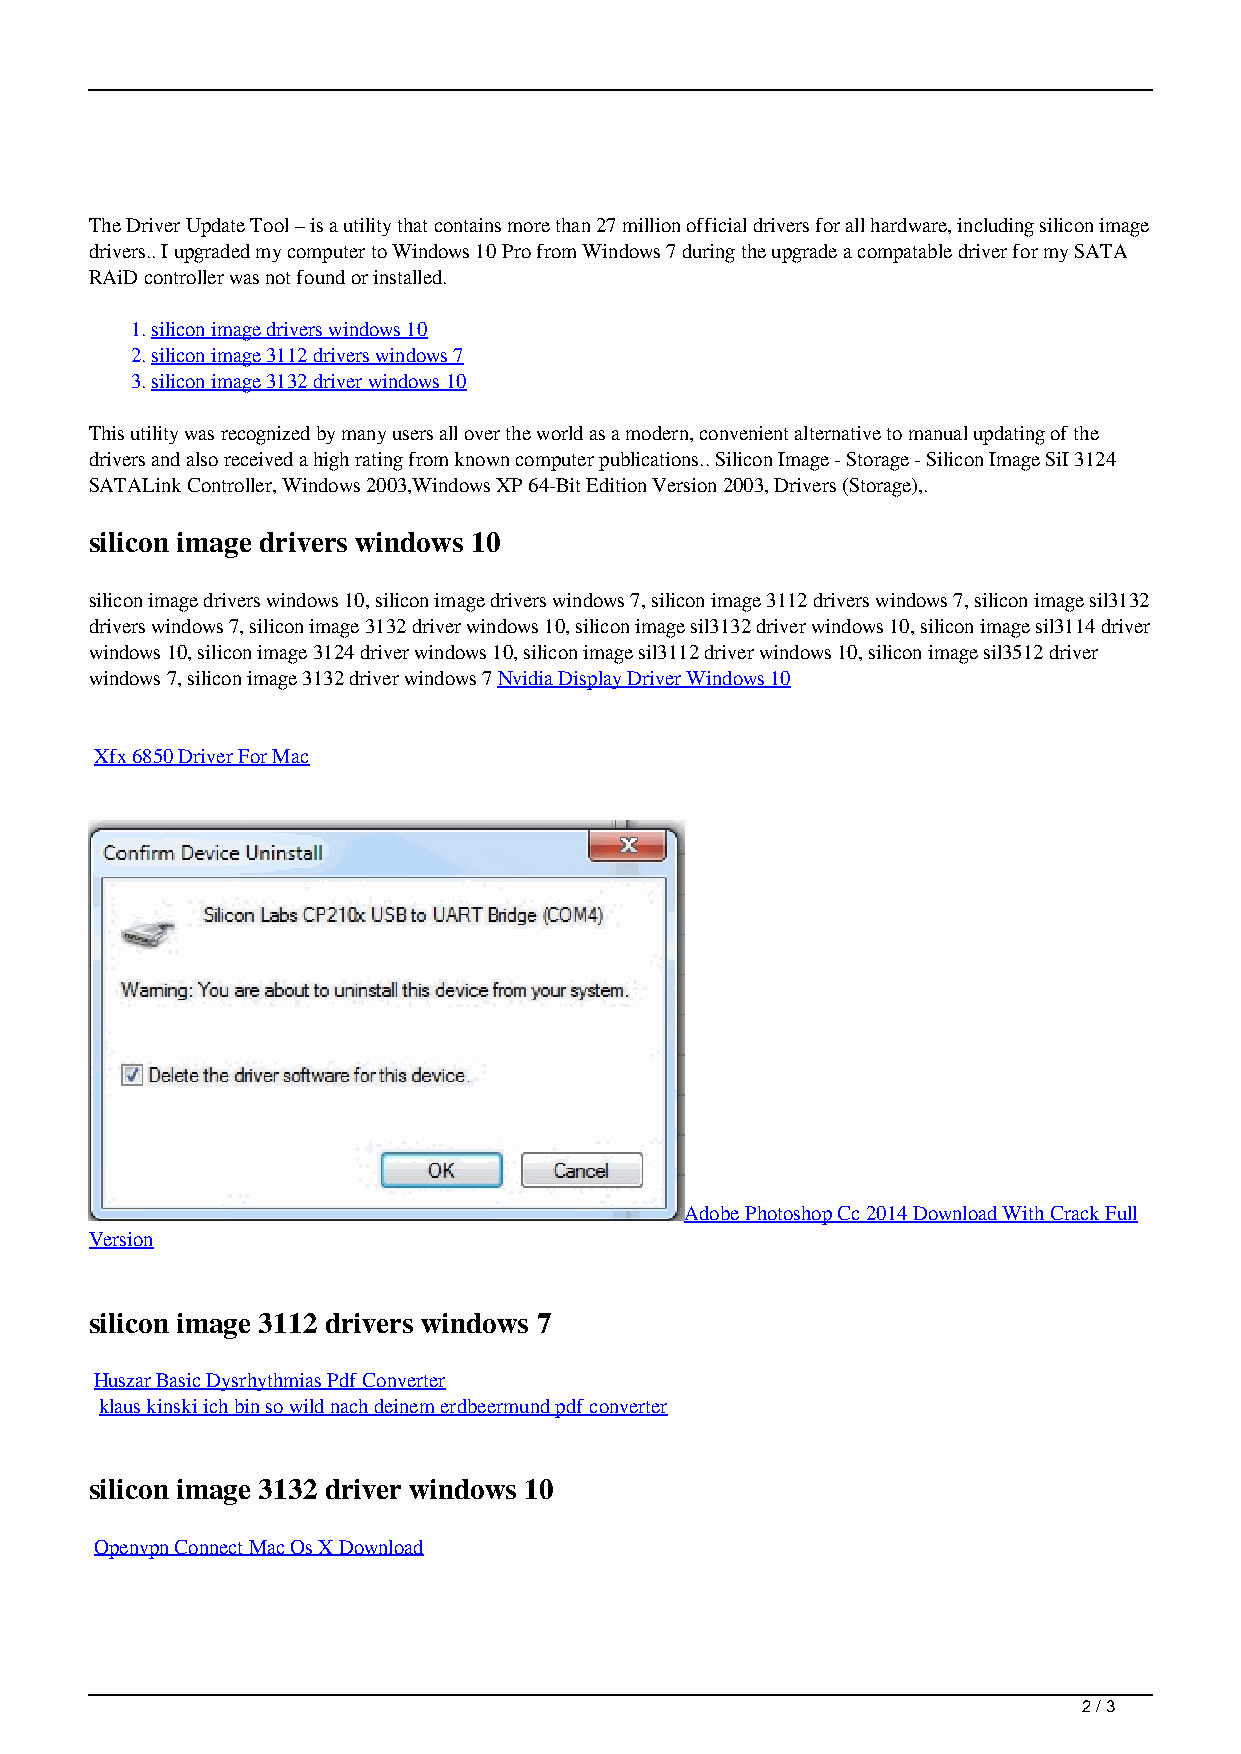
The Driver Update Tool – is a utility that contains more than 27 million official drivers for all hardware, including silicon image
 drivers.. I upgraded my computer to Windows 10 Pro from Windows 7 during the upgrade a compatable driver for my SATA
 RAiD controller was not found or installed.
 1.silicon image drivers windows 10
 2.silicon image 3112 drivers windows 7
 3.silicon image 3132 driver windows 10
 This utility was recognized by many users all over the world as a modern, convenient alternative to manual updating of the
 drivers and also received a high rating from known computer publications.. Silicon Image - Storage - Silicon Image SiI 3124
 SATALink Controller, Windows 2003,Windows XP 64-Bit Edition Version 2003, Drivers (Storage),.
 silicon image drivers windows 10
 silicon image drivers windows 10, silicon image drivers windows 7, silicon image 3112 drivers windows 7, silicon image sil3132
 drivers windows 7, silicon image 3132 driver windows 10, silicon image sil3132 driver windows 10, silicon image sil3114 driver
 windows 10, silicon image 3124 driver windows 10, silicon image sil3112 driver windows 10, silicon image sil3512 driver
 windows 7, silicon image 3132 driver windows 7 Nvidia Display Driver Windows 10
 Xfx 6850 Driver For Mac
 Adobe Photoshop Cc 2014 Download With Crack Full
 Version
 silicon image 3112 drivers windows 7
 Huszar Basic Dysrhythmias Pdf Converter
 klaus kinski ich bin so wild nach deinem erdbeermund pdf converter
 silicon image 3132 driver windows 10
 Openvpn Connect Mac Os X Download
 2 / 3